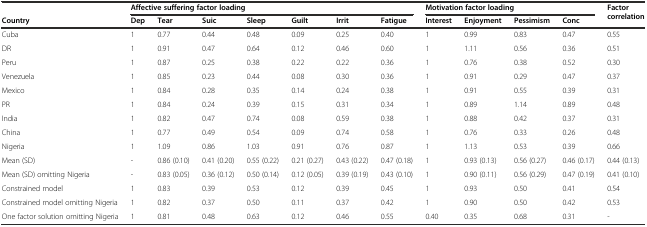
<table><thead><tr><td></td><td colspan="7"><b>Affective suffering factor loading</b></td><td colspan="4"><b>Motivation factor loading</b></td><td rowspan="2"><b>Factor correlation</b></td></tr><tr><td><b>Country</b></td><td><b>Dep</b></td><td><b>Tear</b></td><td><b>Suic</b></td><td><b>Sleep</b></td><td><b>Guilt</b></td><td><b>Irrit</b></td><td><b>Fatigue</b></td><td><b>Interest</b></td><td><b>Enjoyment</b></td><td><b>Pessimism</b></td><td><b>Conc</b></td></tr></thead><tbody><tr><td>Cuba</td><td>1</td><td>0.77</td><td>0.44</td><td>0.48</td><td>0.09</td><td>0.25</td><td>0.40</td><td>1</td><td>0.99</td><td>0.83</td><td>0.47</td><td>0.55</td></tr><tr><td>DR</td><td>1</td><td>0.91</td><td>0.47</td><td>0.64</td><td>0.12</td><td>0.46</td><td>0.60</td><td>1</td><td>1.11</td><td>0.56</td><td>0.36</td><td>0.51</td></tr><tr><td>Peru</td><td>1</td><td>0.87</td><td>0.25</td><td>0.38</td><td>0.22</td><td>0.22</td><td>0.36</td><td>1</td><td>0.76</td><td>0.38</td><td>0.52</td><td>0.30</td></tr><tr><td>Venezuela</td><td>1</td><td>0.85</td><td>0.23</td><td>0.44</td><td>0.08</td><td>0.30</td><td>0.36</td><td>1</td><td>0.91</td><td>0.29</td><td>0.47</td><td>0.37</td></tr><tr><td>Mexico</td><td>1</td><td>0.84</td><td>0.28</td><td>0.35</td><td>0.14</td><td>0.24</td><td>0.38</td><td>1</td><td>0.91</td><td>0.55</td><td>0.39</td><td>0.31</td></tr><tr><td>PR</td><td>1</td><td>0.84</td><td>0.24</td><td>0.39</td><td>0.15</td><td>0.31</td><td>0.34</td><td>1</td><td>0.89</td><td>1.14</td><td>0.89</td><td>0.48</td></tr><tr><td>India</td><td>1</td><td>0.82</td><td>0.47</td><td>0.74</td><td>0.08</td><td>0.59</td><td>0.38</td><td>1</td><td>0.88</td><td>0.42</td><td>0.37</td><td>0.31</td></tr><tr><td>China</td><td>1</td><td>0.77</td><td>0.49</td><td>0.54</td><td>0.09</td><td>0.74</td><td>0.58</td><td>1</td><td>0.76</td><td>0.33</td><td>0.26</td><td>0.48</td></tr><tr><td>Nigeria</td><td>1</td><td>1.09</td><td>0.86</td><td>1.03</td><td>0.91</td><td>0.76</td><td>0.87</td><td>1</td><td>1.13</td><td>0.53</td><td>0.39</td><td>0.66</td></tr><tr><td>Mean (SD)</td><td>-</td><td>0.86 (0.10)</td><td>0.41 (0.20)</td><td>0.55 (0.22)</td><td>0.21 (0.27)</td><td>0.43 (0.22)</td><td>0.47 (0.18)</td><td>1</td><td>0.93 (0.13)</td><td>0.56 (0.27)</td><td>0.46 (0.17)</td><td>0.44 (0.13)</td></tr><tr><td>Mean (SD) omitting Nigeria</td><td>-</td><td>0.83 (0.05)</td><td>0.36 (0.12)</td><td>0.50 (0.14)</td><td>0.12 (0.05)</td><td>0.39 (0.19)</td><td>0.43 (0.10)</td><td>1</td><td>0.90 (0.11)</td><td>0.56 (0.29)</td><td>0.47 (0.19)</td><td>0.41 (0.10)</td></tr><tr><td>Constrained model</td><td>1</td><td>0.83</td><td>0.39</td><td>0.53</td><td>0.12</td><td>0.39</td><td>0.45</td><td>1</td><td>0.93</td><td>0.50</td><td>0.41</td><td>0.54</td></tr><tr><td>Constrained model omitting Nigeria</td><td>1</td><td>0.82</td><td>0.37</td><td>0.50</td><td>0.11</td><td>0.37</td><td>0.42</td><td>1</td><td>0.90</td><td>0.50</td><td>0.42</td><td>0.53</td></tr><tr><td>One factor solution omitting Nigeria</td><td>1</td><td>0.81</td><td>0.48</td><td>0.63</td><td>0.12</td><td>0.46</td><td>0.55</td><td>0.40</td><td>0.35</td><td>0.68</td><td>0.31</td><td>-</td></tr></tbody></table>